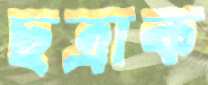
ছত্রাক